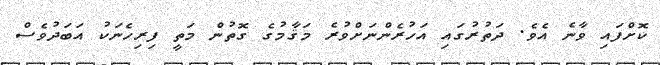
ކޮށްފައި ވާނެ އެވެ. ދަތުރުގައި އަހުރެންނަށްވުރެ މަޤާމުގެ ގޮތުން މަތީ ފިރިހެނަކު އަބަދުވެސް